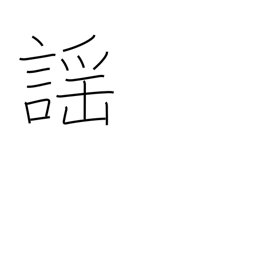
Meaning: noh chanting